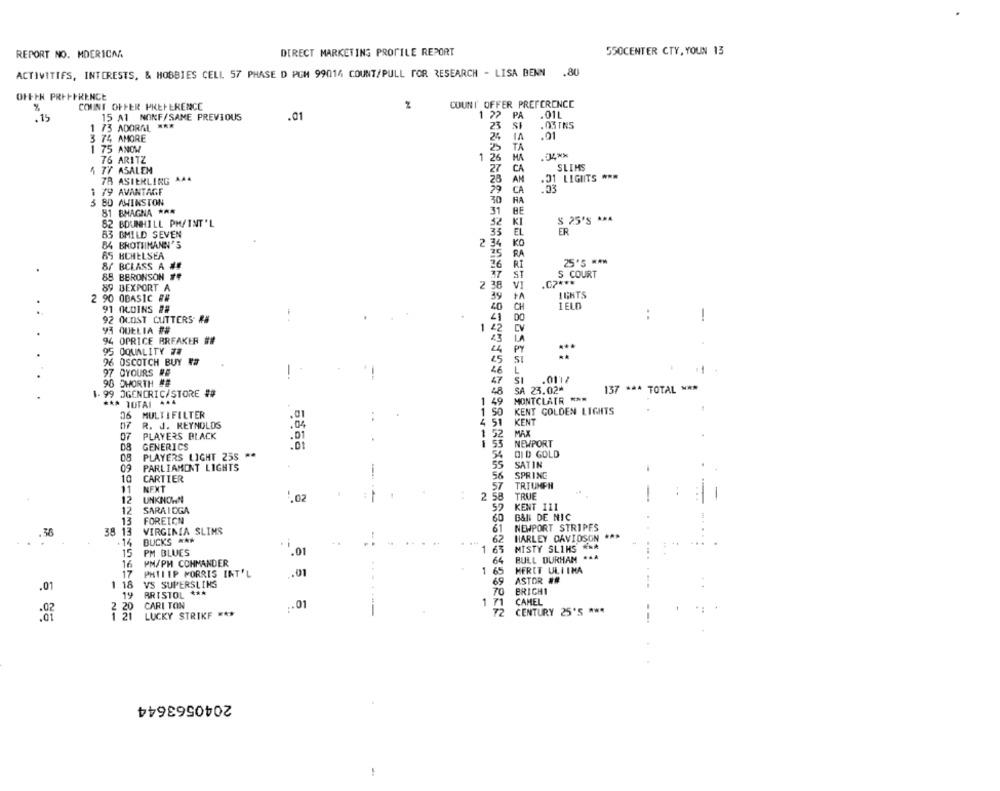
REPORT NO. MDERICAA
DIRECT MARKETING PROFILE REPORT
550CENTER CTY, YOUN 13
.80
ACTIVITIES, INTERESTS, & HOBBIES CELL 57 PHASE D PGM 99014 COUNT/PULL FOR RESEARCH - LISA BENN
OFFEN PREFERENCE
COUNT' OFFER PREFERENCE
%
COUNT OFFER PREFERENCE
.15
15 A1 NONF/SAME PREVIOUS
.01
1 2?
PA
.01L
1 73 ADORAL ***
23
SI
. 03 TRS
3 74 AMORE
IA
.01
1 75 ANOM
TA
76 ARITZ
1 26
MA
27
CA
SLIMS
5 77 ASALEM
78 ASIERLING AAA
28
AM
.21 LIGIITS ***
1 79 AVANTAGE
CA
30
HA
3 80 AWINSTON
81 BMAGNA ***
31
BE
32
KI
$ 25'S ** A
82 BDUNHILL PM/INT'L
EL
ER
83 BMILD SEVEN
33
84 BROTTINANN'S
2 34
KO
25
RA
65 HCHELSEA
25'S ***
8/ BCLASS A ##
RT
88 BBRONSON ##
ST
S COURT
2 38
VI
.CZ ***
89 BEXPORT A
IGHTS
2 90 OBASIC ##
39
+A
91 0COINS ##
40
CH
IELO
DO
:
92 OCOST CUTTERS ##
-
93 QUELIA ##
1
42
CV
94 OPRICE BREAKER ##
14
PY
95 OQUALITY 74
***
96 OSCOTCH BUY ##
45
97 OYOURS #E
-
46
L
47
SI
98 DHORTH ##
SA 23.02*
137 *** TOTAL ***
1-99 JGENERIC/STORE ##
48
*** TOTAI 444
1 49
MONTCLAIR ***
1 50
KENT GOLDEN LIGHTS
06 MULTIFILTER
KENT
07
R. J. REYNOLDS
4 51
07
PLAYERS BLACK
.01
1 52
MAX
1
NEWPORT
08
GENERICS
.01
08
PLAYERS LIGHT 255 **
DID GOLD
09
PARLIAMENT LIGHTS
SATIN
56
SPRING
-
CARTIER
11
NEXT
TRIUMPH
12
2 5
TRUE
UNKNOWN
KENT 111
12
SARAICGA
13
FOREIGN
B&Il DE NIC
38 13
VIRGINA SLINS
NEWPORT STRIPES
. 36
HARLEY DAVIDSON ***
.14
BUCKS HAN
.
MISTY SLIHS ***
15
PM BLUES
.01
1
PM/PH CONMANDER
BULL DURHAM *44
16
MERET ULTIMA
17
PHILIP MORRIS INT'L
.01
.01
1 18
VS SUPERSLING
69
ASTOR ##
BRISTOL ***
70
BRIGH1
19
1
CAMEL
2 20
CARI TON
.. 01
1.21
LUCKY STRIKE ***
72
CENTURY 25'S ***
2040563644